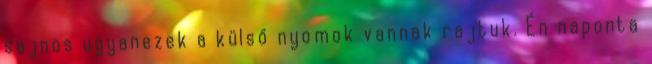
sajnos ugyanezek a külső nyomok vannak rajtuk. Én naponta